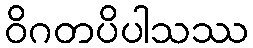
ဝိဂတပိပါသဿ